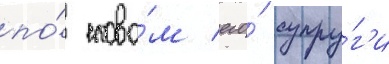
по́ слова́м его́ супру́г'и